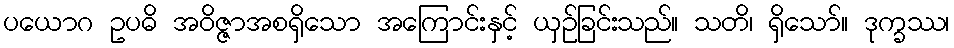
ပယောဂ ဥပဓိ အဝိဇ္ဇာအစရှိသော အကြောင်းနှင့် ယှဉ်ခြင်းသည်။ သတိ၊ ရှိသော်။ ဒုက္ခဿ၊